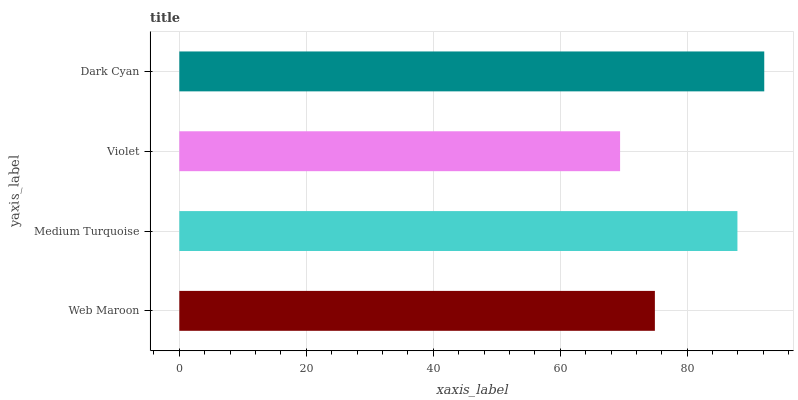
| yaxis_label | bars |
 | --- | --- |
 | Web Maroon | 74.9 |
 | Medium Turquoise | 87.9 |
 | Violet | 69.4 |
 | Dark Cyan | 92.1 |